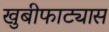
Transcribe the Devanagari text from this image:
खुबीफाट्यास